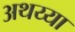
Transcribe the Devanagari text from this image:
अथय्या